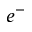
e ^ { - }